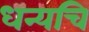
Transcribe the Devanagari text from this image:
धन्यचि